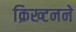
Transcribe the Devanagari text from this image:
क्रिख्टनने